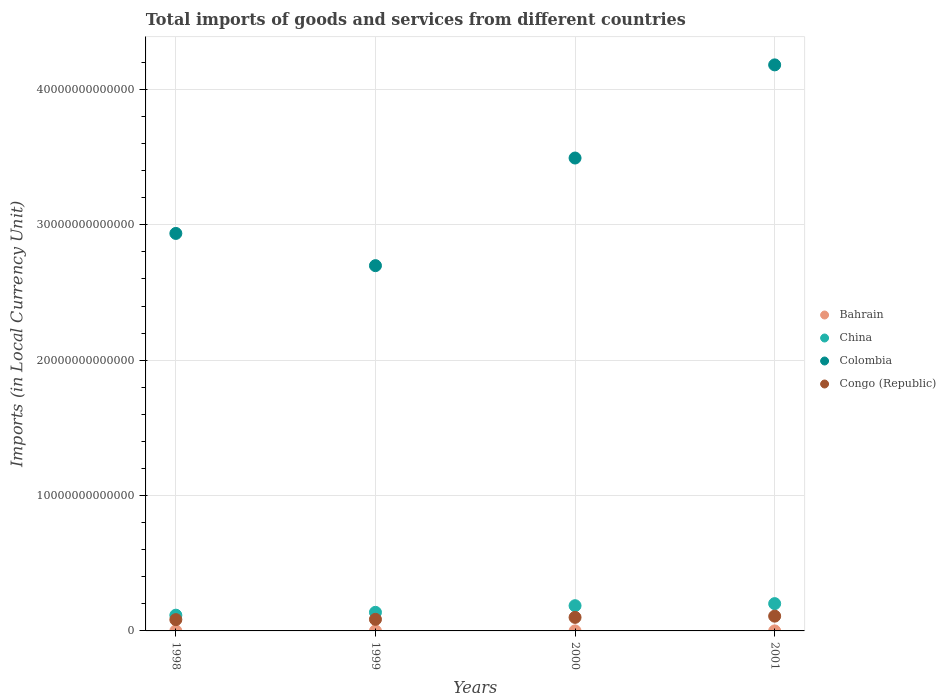
| Years | Bahrain | China | Colombia | Congo (Republic) |
 | --- | --- | --- | --- | --- |
 | 1998 | 1.49e+09 | 1.16e+12 | 2.94e+13 | 8.35e+11 |
 | 1999 | 1.57e+09 | 1.37e+12 | 2.7e+13 | 8.57e+11 |
 | 2000 | 1.93e+09 | 1.86e+12 | 3.49e+13 | 1e+12 |
 | 2001 | 1.8e+09 | 2.02e+12 | 4.18e+13 | 1.09e+12 |